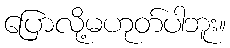
ပြောလို့မဟုတ်ပါဘူး။